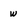
Character: w